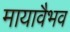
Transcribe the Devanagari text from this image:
मायावैभव